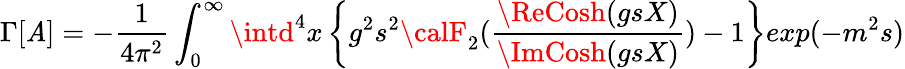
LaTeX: \Gamma[\mathit{A}]=-\frac{{1}}{{4\pi^{2}}}\int_{0}^{\infty}\intd^{4}x\left\{ g^{2}s^{2}{\calF}_{2}(\frac{{\ReCosh(gsX)}}{{\ImCosh(gsX)}})-1\right\} exp(-m^{2}s)